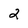
Character: 2